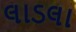
લાડલા